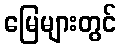
မြေများတွင်